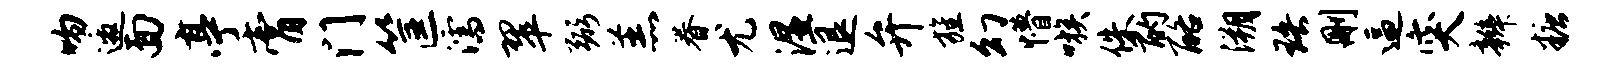
吻邀面亭膏门筐濡翠弼羔眷尤湿退弁旌幻懵嗾侏酌酪溯珞删逼突辫糖